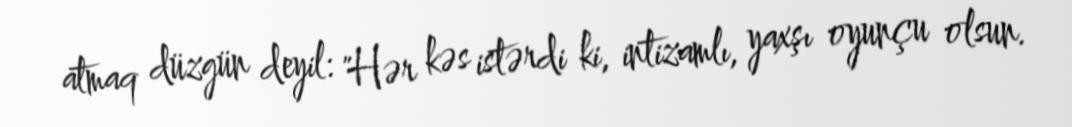
atmaq düzgün deyil: "Hər kəs istərdi ki, intizamlı, yaxşı oyunçu olsun.